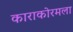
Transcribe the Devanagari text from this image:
काराकोरमला